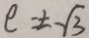
e = \pm \sqrt { 3 }